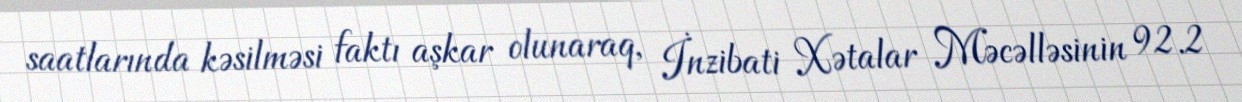
saatlarında kəsilməsi faktı aşkar olunaraq, İnzibati Xətalar Məcəlləsinin 92.2